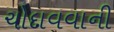
ચોદાવવાની